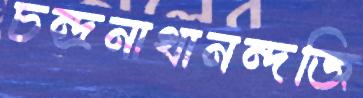
চন্দ্রনাথানন্দজি